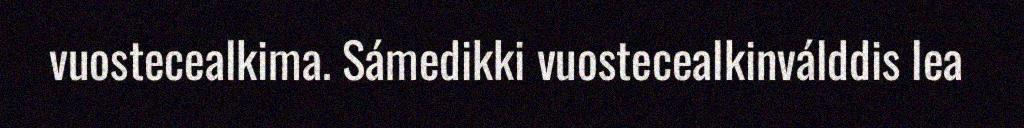
vuostecealkima. Sámedikki vuostecealkinválddis lea